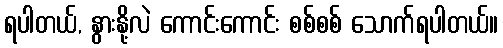
ရပါတယ်, နွားနို့လဲ ကောင်းကောင်း စစ်စစ် သောက်ရပါတယ်။